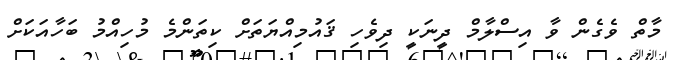
މާތް ވެގެން ވާ އިސްލާމް ދީނަކީ ދިވެހި ޤައުމިއްޔަތަށް ކިތަންމެ މުހިއްމު ބަހާއަކަށް